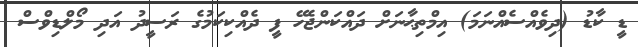
ޑީ ކާޑު (ދިވެއްސެއްނަމަ) އިމްތިޙާނަށް ދައްކަންޖެހޭ ފީ ދެއްކިކަމުގެ ރަސީދު އަދި މޯލްޑިވްސް